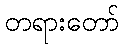
တရားတော်